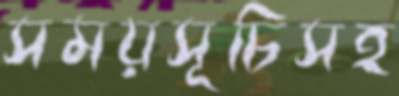
সময়সূচিসহ